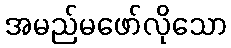
အမည်မဖော်လိုသော